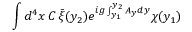
\int d ^ { 4 } x \, C \, \bar { \xi } ( y _ { 2 } ) e ^ { i g \int _ { y _ { 1 } } ^ { y _ { 2 } } A _ { y } d y } \chi ( y _ { 1 } )